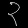
Digit: ၃